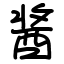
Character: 酱